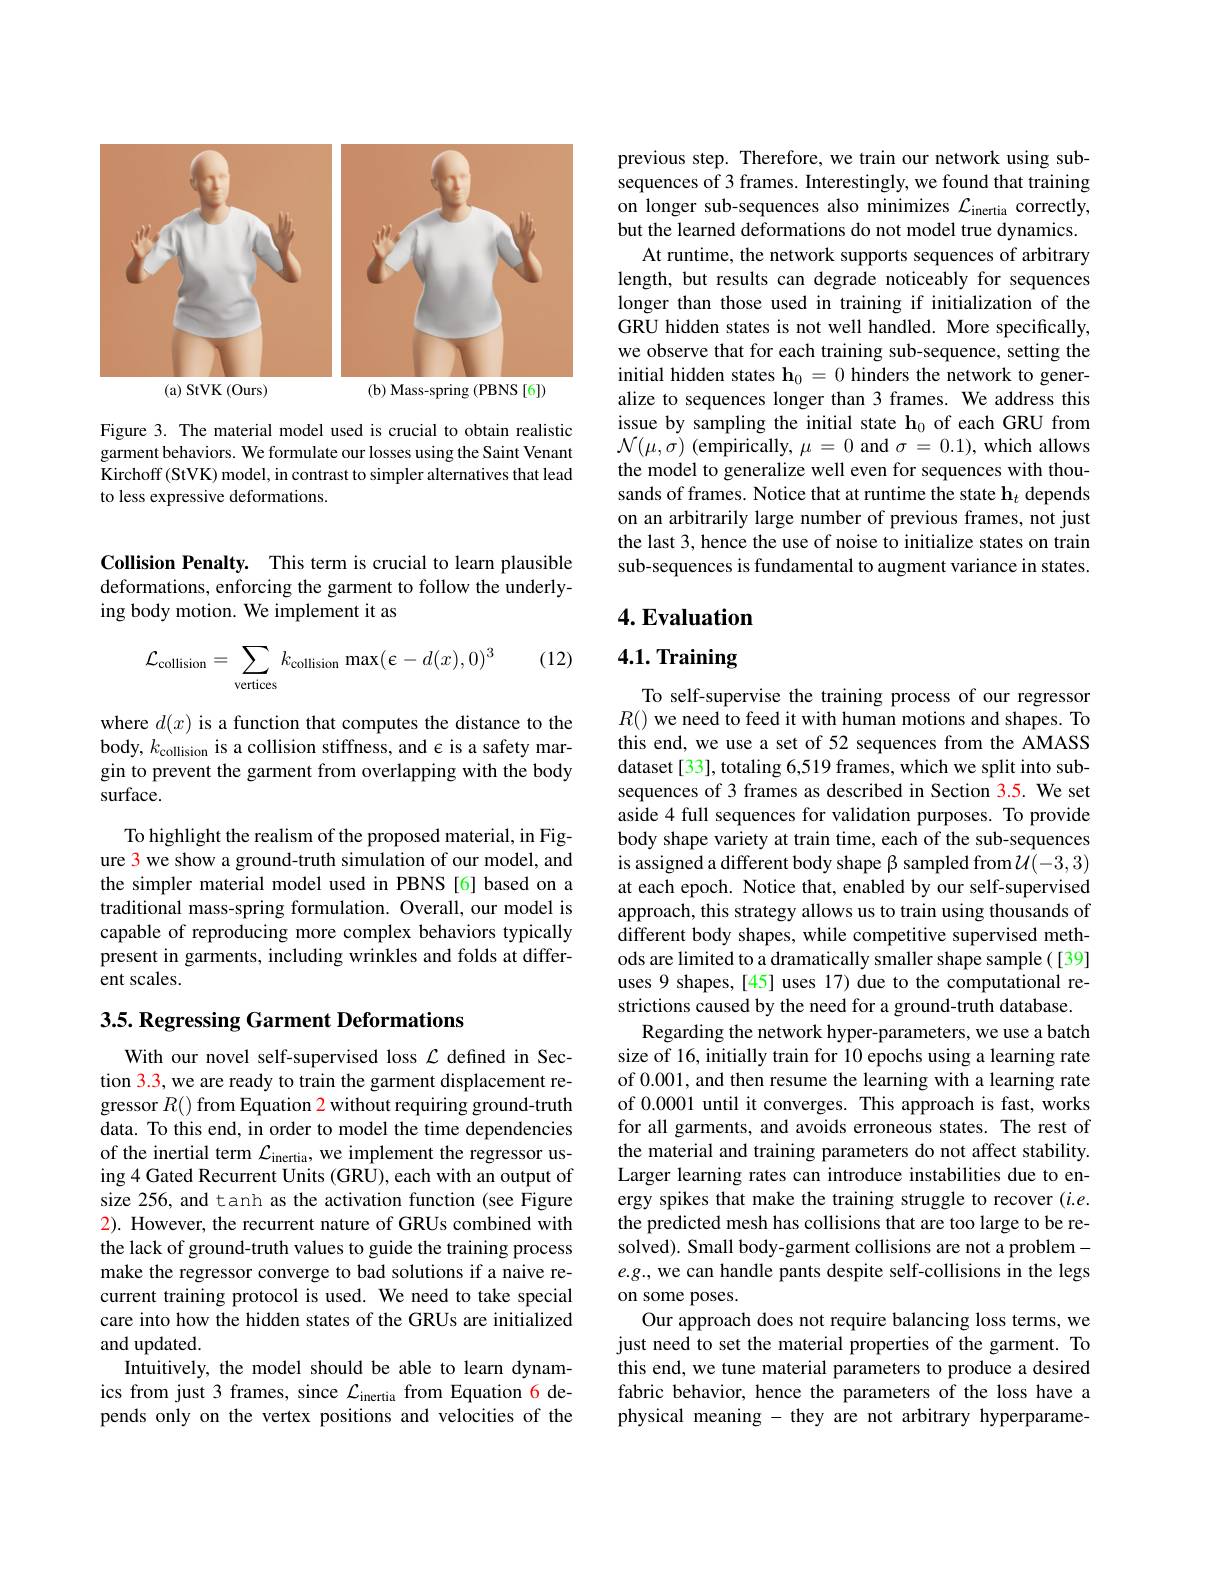
<FigureHere>

Figure 3. The material model used is crucial to obtain realistic garment behaviors. We formulate our losses using the Saint Venant Kirchoff (StVK) model, in contrast to simpler alternatives that lead to less expressive deformations.

Collision Penalty. This term is crucial to learn plausible deformations, enforcing the garment to follow the underlying body motion. We implement it as

(12)
$$\mathcal{L}_\text{collision}=\sum_\text{vertices}k_\text{collision}\max(\epsilon-d(x),0)^3$$
where $d(x)$ is a function that computes the distance to the body, $k_\mathrm{collision}$ is a collision stiffness, and $\epsilon$ is a safety margin to prevent the garment from overlapping with the body surface.

To highlight the realism of the proposed material, in Figure 3 we show a ground-truth simulation of our model, and the simpler material model used in PBNS [6]based on a traditional mass-spring formulation. Overall, our model is capable of reproducing more complex behaviors typically $\hat{\text{present in garments, including wrinkles and folds at differ-}}$ ent scales.

## 3.5. Regressing Garment Deformations

With our novel self-supervised loss $\mathcal{L}$ defined in Section 3.3, we are ready to train the garment displacement regressor $R()$ from Equation 2 without requiring ground-truth data. To this end, in order to model the time dependencies of the inertial term $\mathcal{L}_\text{inertia}$,we implement the regressor using 4 Gated Recurrent Units (GRU), each with an output of size 256, and tanh as the activation function (see Figure $\color{red}2).$ However, the recurrent nature of GRUs combined with the lack of ground-truth values to guide the training process make the regressor converge to bad solutions if a naive recurrent training protocol is used. We need to take special care into how the hidden states of the GRUs are initialized and updated.
Intuitively, the model should be able to learn dynamics from just 3 frames, since $\mathcal{L}_\text{inertia}$ from Equation 6 depends only on the vertex positions and velocities of the

previous step. Therefore, we train our network using subsequences of 3 frames. Interestingly, we found that training on longer sub-sequences also minimizes $\mathcal{L}_\mathrm{inertia}$ correctly, but the learned deformations do not model true dynamics.
At runtime, the network supports sequences of arbitrary length, but results can degrade noticeably for sequences longer than those used in training if initialization of the GRU hidden states is not well handled. More specifically, we observe that for each training sub-sequence, setting the initial hidden states $\mathbf{h}_0=0$ hinders the network to generalize to sequences longer than 3 frames. We address this issue by sampling the initial state h$_0$ of each GRU from $\mathcal{N}(\mu,\tilde{\sigma})$ (empirically, $\mu=0$ and $\sigma=0.1)$, which allows the model to generalize well even for sequences with thousands of frames. Notice that at runtime the state $\mathbf{h}_t$ depends on an arbitrarily large number of previous frames, not just the last 3, hence the use of noise to initialize states on train sub-sequences is fundamental to augment variance in states.

# 4. Evaluation

4.1. Training

To self-supervise the training process of our regressor $R()$ we need to feed it with human motions and shapes. To this end, we use a set of 52 sequences from the AMASS dataset[33], totaling 6,519 frames, which we split into subsequences of 3 frames as described in Section 3.5. We set aside 4 full sequences for validation purposes. To provide body shape variety at train time, each of the sub-sequences is assigned a different body shape β sampled from $\mathcal{U}(-3,3)$ at each epoch. Notice that, enabled by our self-supervised approach, this strategy allows us to train using thousands of different body shapes, while competitive supervised methods are limited to a dramatically smaller shape sample([39] uses 9 shapes, [45] uses 17) due to the computational restrictions caused by the need for a ground-truth database.
Regarding the network hyper-parameters, we use a batch size of 16, initially train for 10 epochs using a learning rate of 0.001, and then resume the learning with a learning rate of 0.0001 until it converges. This approach is fast, works for all garments, and avoids erroneous states. The rest of the material and training parameters do not affect stability. Larger learning rates can introduce instabilities due to energy spikes that make the training struggle to recover $(i.e.$ the predicted mesh has collisions that are too large to be resolved). Small body-garment collisions are not a problem- $e.g.$, we can handle pants despite self-collisions in the legs on some poses.
Our approach does not require balancing loss terms, we just need to set the material properties of the garment. To this end, we tune material parameters to produce a desired fabric behavior, hence the parameters of the loss have a physical meaning - they are not arbitrary hyperparame-